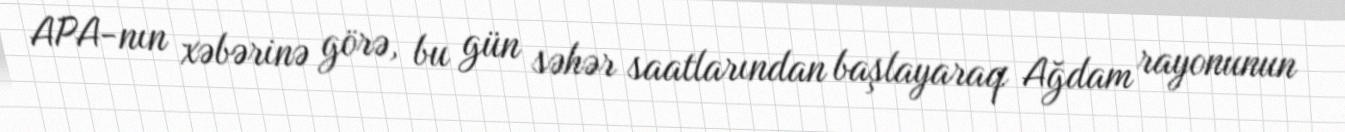
APA-nın xəbərinə görə, bu gün səhər saatlarından başlayaraq Ağdam rayonunun